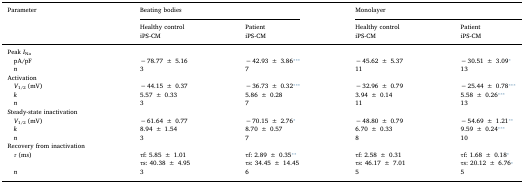
<table><thead><tr><td rowspan="2"><b>Parameter</b></td><td colspan="2"><b>Beating bodies</b></td><td colspan="2"><b>Monolayer</b></td></tr><tr><td><b>Healthy controliPS-CM</b></td><td><b>PatientiPS-CM</b></td><td><b>Healthy controliPS-CM</b></td><td><b>PatientiPS-CM</b></td></tr></thead><tbody><tr><td>Peak <i>I</i><sub>Na</sub></td><td></td><td></td><td></td><td></td></tr><tr><td> pA/pF</td><td>− 78.77 ± 5.16</td><td>− 42.93 ± 3.86⁎⁎⁎</td><td>− 45.62 ± 5.37</td><td>− 30.51 ± 3.09⁎</td></tr><tr><td> <i>n</i></td><td>3</td><td>7</td><td>11</td><td>13</td></tr><tr><td>Activation</td><td></td><td></td><td></td><td></td></tr><tr><td> <i>V</i><sub>1/2</sub> (mV)</td><td>− 44.15 ± 0.37</td><td>− 36.73 ± 0.32⁎⁎⁎</td><td>− 32.96 ± 0.79</td><td>− 25.44 ± 0.78⁎⁎⁎</td></tr><tr><td> <i>k</i></td><td>5.57 ± 0.33</td><td>5.86 ± 0.28</td><td>3.94 ± 0.14</td><td>5.58 ± 0.26⁎⁎⁎</td></tr><tr><td> <i>n</i></td><td>3</td><td>7</td><td>11</td><td>13</td></tr><tr><td>Steady-state inactivation</td><td></td><td></td><td></td><td></td></tr><tr><td> <i>V</i><sub>1/2</sub> (mV)</td><td>− 61.64 ± 0.77</td><td>− 70.15 ± 2.76⁎</td><td>− 48.80 ± 0.79</td><td>− 54.69 ± 1.21⁎⁎</td></tr><tr><td> <i>k</i></td><td>8.94 ± 1.54</td><td>8.70 ± 0.57</td><td>6.70 ± 0.33</td><td>9.59 ± 0.24⁎⁎⁎</td></tr><tr><td> <i>n</i></td><td>3</td><td>7</td><td>8</td><td>10</td></tr><tr><td>Recovery from inactivation</td><td></td><td></td><td></td><td></td></tr><tr><td> <i>τ</i> (ms)</td><td>τf: 5.85 ± 1.01τs: 40.38 ± 4.95</td><td>τf: 2.89 ± 0.35⁎⁎τs: 34.45 ± 14.45</td><td>τf: 2.58 ± 0.31τs: 46.17 ± 7.01</td><td>τf: 1.68 ± 0.18⁎τs: 20.12 ± 6.76⁎</td></tr><tr><td> <i>n</i></td><td>3</td><td>6</td><td>5</td><td>5</td></tr></tbody></table>